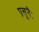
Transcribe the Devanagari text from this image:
प्रसूनैः